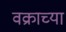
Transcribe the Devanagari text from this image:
वक्राच्या